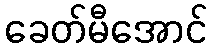
ခေတ်မီအောင်